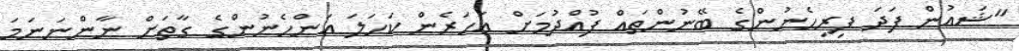
"ޝައުން ފަދަ ފިރިހެނުންގެ ބޭނުންތައް ފުއްދުމަށް އަހަރެން ކަހަލަ އަންހެނުންގެ ގާތަށް ނާންނަނަމަ